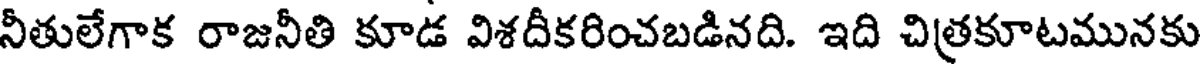
నీతులేగాక రాజనీతి కూడ విశదీకరించబడినది. ఇది చిత్రకూటమునకు